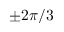
\pm 2 \pi / 3